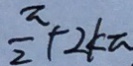
\frac { \pi } { 2 } + 2 k \pi